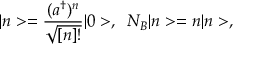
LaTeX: | n > = \frac { ( a ^ { \dagger } ) ^ { n } } { \sqrt { [ n ] ! } } | 0 > , \; \; N _ { B } | n > = n | n > ,